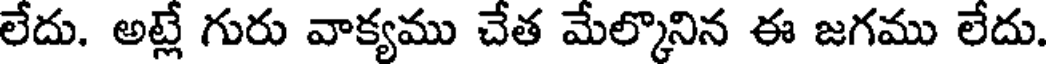
లేదు. అట్లే గురు వాక్యము చేత మేల్కొనిన ఈ జగము లేదు.